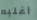
أغلبه